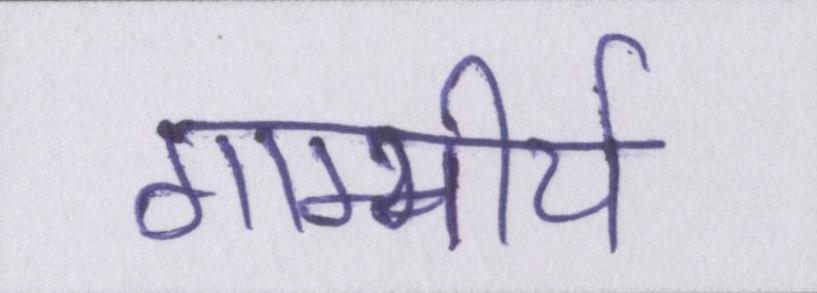
गाम्भीर्य